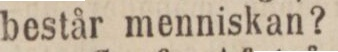
består menniskan?